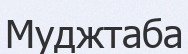
Муджтаба